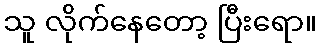
သူ လိုက်နေတော့ ပြီးရော။